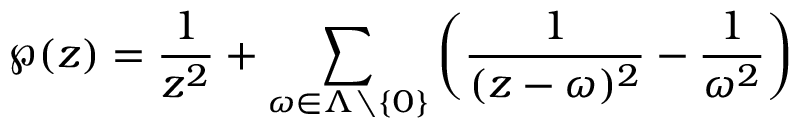
\wp ( z ) = { \frac { 1 } { z ^ { 2 } } } + \sum _ { \omega \in \Lambda \setminus \left\{ 0 \right\} } \left( { \frac { 1 } { ( z - \omega ) ^ { 2 } } } - { \frac { 1 } { \omega ^ { 2 } } } \right)